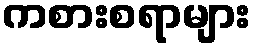
ကစားစရာများ